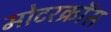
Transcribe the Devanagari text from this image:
मोटरक्रॉस